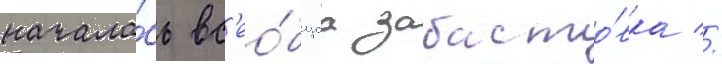
начала́сь вс'ео́бщаа забасто́вка //